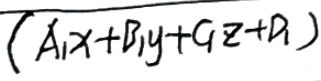
\(A_1x + B_1y + C_1z + D_1\)